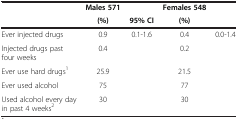
<table><thead><tr><td><b> </b></td><td><b>Males 571</b></td><td><b> </b></td><td><b>Females 548</b></td><td><b> </b></td></tr><tr><td><b> </b></td><td><b>(%)</b></td><td><b>95% CI</b></td><td><b>(%)</b></td><td><b> </b></td></tr></thead><tbody><tr><td>Ever injected drugs</td><td>0.9</td><td>0.1-1.6</td><td>0.4</td><td>0.0-1.4</td></tr><tr><td>Injected drugs past four weeks</td><td>0.4</td><td> </td><td>0.2</td><td> </td></tr><tr><td>Ever use hard drugs<sup>1</sup></td><td>25.9</td><td> </td><td>21.5</td><td> </td></tr><tr><td>Ever used alcohol</td><td>75</td><td> </td><td>77</td><td> </td></tr><tr><td>Used alcohol every day in past 4 weeks<sup>2</sup></td><td>30</td><td> </td><td>30</td><td> </td></tr></tbody></table>